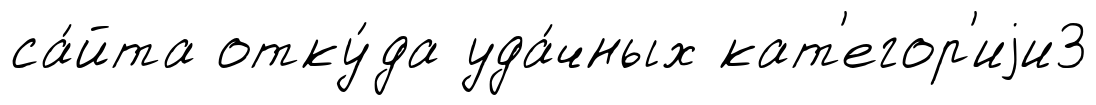
са́йта отку́да уда́чных кат'егор'иjи3